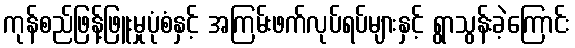
ကုန်စည်ဖြန့်ဖြူးမှုပုံစံနှင့် အကြမ်းဖက်လုပ်ရပ်များနှင့် ရွာသွန်းခဲ့ကြောင်း